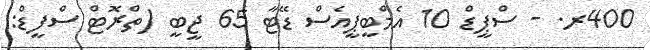
400ރ. - ސްޕީޑް 10 އެމްބީޕީއެސް ޑޭޓާ 65 ޖީބީ (ތްރޮޓް ސްފީޑް: